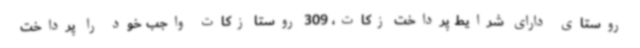
روستای دارای شرایط پرداخت زکات، 309 روستا زکات واجب خود را پرداخت